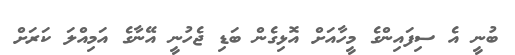
ބުނީ އެ ސިފައިންގެ މީހާއަށް އޮޅިގެން ބަޑި ޖެހުނީ އޭނާގެ އަމިއްލަ ކަރަށް